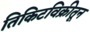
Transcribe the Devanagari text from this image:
तिकिटविक्रीतून